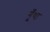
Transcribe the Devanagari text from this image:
गूँथा